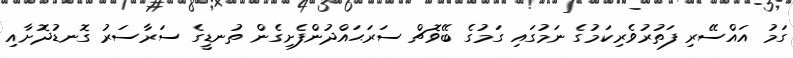
ގަމު އައްސޭރި ފަތުރުވެރިކަމުގެ ނަމުގައި ގަމުގެ ބޭވޮޗް ސަރަޙައްދުންފެށިގެން ތުނޑީގެ ސަރާސަރު ގޮނޑުދޮށާއި